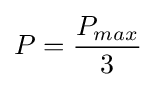
P={\frac {P_{max}}{3}}